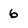
Character: 6